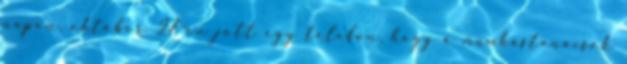
napon, október 27-én jött egy telefon, hogy a munkástanácsok